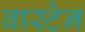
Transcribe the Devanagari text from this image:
बास्टेन